Supplement to the account of plague administration in the Bombay Presidency from September 1896 till May 1897
Year: 1896
Disease focus: Plague
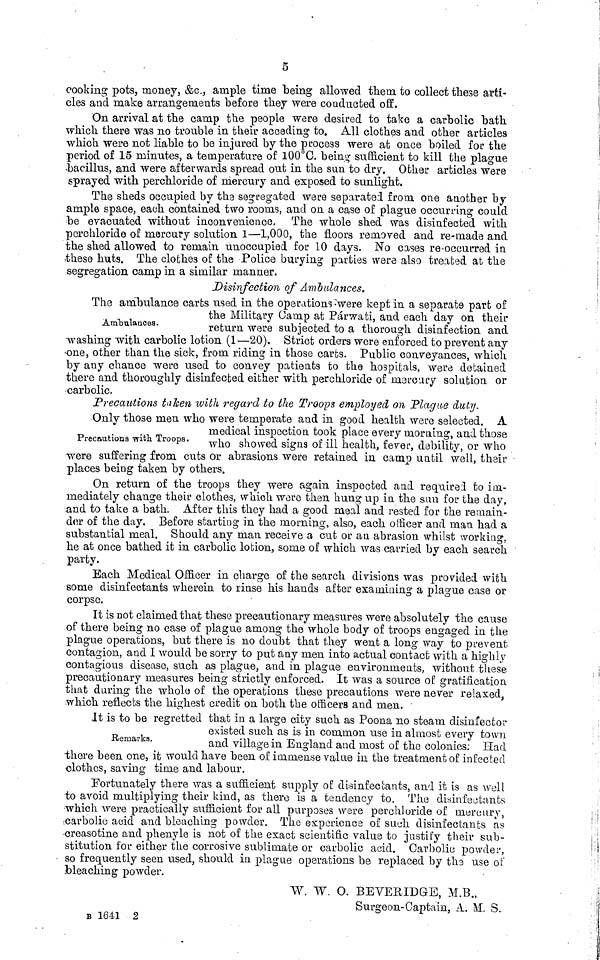
5
cooking pots, money, &c., ample time being allowed them to collect these arti-
cles and make arrangements before they were conducted off.
On arrival at the camp the people were desired to take a carbolic bath
which there was no trouble in their acceding to. All clothes and other articles
which were not liable to be injured by the process were at once boiled for the
period of 15 minutes, a temperature of 100°C. being sufficient to kill the plague
bacillus, and were afterwards spread out in the sun to dry. Other articles were
sprayed with perchloride of mercury and exposed to sunlight.
The sheds occupied by the segregated were separated from one another by
ample space, each contained two rooms, and on a case of plague occurring could
be evacuated without inconvenience. The whole shed was disinfected with
perchloride of mercury solution 1—1,000, the floors removed and re-made and
the shed allowed to remain unoccupied for 10 days. No cases re-occurred in
these huts. The clothes of the Police burying parties were also treated at the
segregation camp in a similar manner.
Disinfection of Ambulances.
The ambulance carts used in the operations were kept in a separate part of
the Military Camp at Párwati, and each day on their
Ambulances.
return were subjected to a thorough disinfection and
washing with carbolic lotion (1—20). Strict orders were enforced to prevent any
one, other than the sick, from riding in those carts. Public conveyances, which
by any chance were used to convey patients to the hospitals, were detained
there and thoroughly disinfected either with perchloride of mercury solution or
carbolic.
Precautions taken with regard to the Troops employed on Plague duty.
Only those men who were temperate and in good health were selected. A
medical inspection took place every morning, and those
Precautions with Troops. who showed signs of ill health, fever, debility, or who
were suffering from cuts or abrasions were retained in camp until well, their
places being taken by others.
On return of the troops they were again inspected and required to im-
mediately change their clothes, which were then hung up in the sun for the day,
and to take a bath. After this they had a good meal and rested for the remain-
der of the day. Before starting in the morning, also, each officer and man had a
substantial meal. Should any man receive a cut or an abrasion whilst working,
he at once bathed it in carbolic lotion, some of which was carried by each search
party.
Each Medical Officer in charge of the search divisions was provided with
some disinfectants wherein to rinse his hands after examining a plague case or
corpse.
It is not claimed that these precautionary measures were absolutely the cause
of there being no case of plague among the whole body of troops engaged in the
plague operations, but there is no doubt that they went a long way to prevent
contagion, and I would be sorry to put any men into actual contact with a highly
contagious disease, such as plague, and in plague environments, without these
precautionary measures being strictly enforced. It was a source of gratification
that during the whole of the operations these precautions were never relaxed,
which reflects the highest credit on both the officers and men.
It is to be regretted that in a large city such as Poona no steam disinfector
existed such as is in common use in almost every town
Remarks. and village in England and most of the colonies. Had
there been one, it would have been of immense value in the treatment of infected
clothes, saving time and labour.
Fortunately there was a sufficient supply of disinfectants, and it is as well
to avoid multiplying their kind, as there is a tendency to. The disinfectants
which were practically sufficient for all purposes were perchloride of mercury,
carbolic acid and bleaching powder. The experience of such disinfectants as
creasotine and phenyle is not of the exact scientific value to justify their sub-
stitution for either the corrosive sublimate or carbolic acid. Carbolic powder,
so frequently seen used, should in plague operations be replaced by the use of
bleaching powder.
W. W. O. BEVERIDGE, M.B.,
Surgeon-Captain, A. M. S.
Β 1641 2